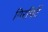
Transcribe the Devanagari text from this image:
गिरगिटें